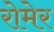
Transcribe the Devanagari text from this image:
रोमेर